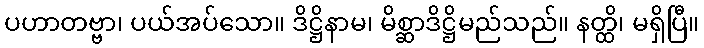
ပဟာတဗ္ဗာ၊ ပယ်အပ်သော။ ဒိဋ္ဌိနာမ၊ မိစ္ဆာဒိဋ္ဌိမည်သည်။ နတ္ထိ၊ မရှိပြီ။